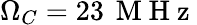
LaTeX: \Omega_{C}=23\, \mathrm{~M~H~z~}